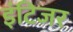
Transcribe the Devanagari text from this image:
इंटिजर